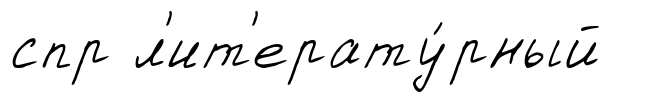
спр л'ит'ерату́рный